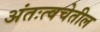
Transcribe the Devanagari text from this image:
अंतःत्वचेतील